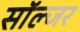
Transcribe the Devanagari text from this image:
साॅल्जर